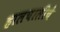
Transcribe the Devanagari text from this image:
हालचालीचे